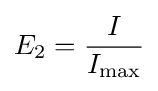
E_{2}={\frac {I}{I_{\max }}}